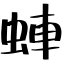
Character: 蛼